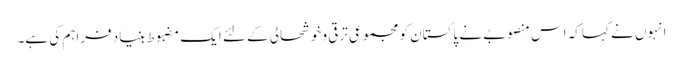
انہوں نے کہا کہ اس منصوبے نے پاکستان کو مجموعی ترقی و خوشحالی کے لئے ایک مضبوط بنیاد فراہم کی ہے۔